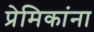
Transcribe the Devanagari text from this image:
प्रेमिकांना